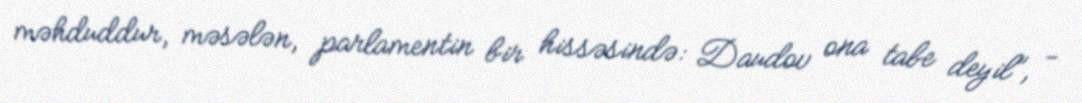
məhduddur, məsələn, parlamentin bir hissəsində: Daudov ona tabe deyil”, -